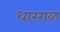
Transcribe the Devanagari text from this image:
धारगळ